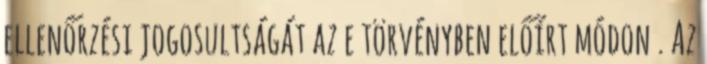
ellenőrzési jogosultságát az e törvényben előírt módon . Az